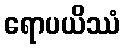
ရောပယိဿံ